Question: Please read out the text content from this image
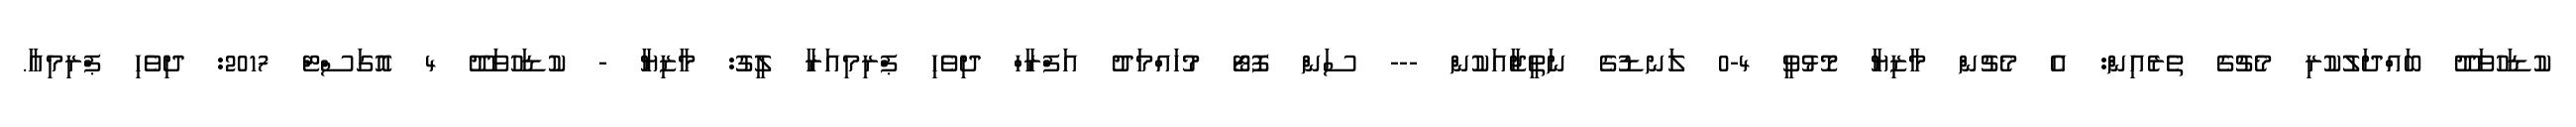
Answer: ކުޑަހުވަދޫ ބައްދަލުކުރި މެޗުގެ ތެރެއިން: އެ މެޗުން މާޒިޔާ މޮޅުވީ 4-0 ލަނޑުގެ ނަތީޖާއަކުން --- ސަން ފޮޓޯ މުހައްމަދު އަފްރާހް ދިވެހި ޕްރިމިއަރާ ލީގު: މާޒިޔާ - ކުޑަހުވަދޫ 4 އޮގަސްޓް 2017: ދިވެހި ޕްރިމިއާ.